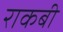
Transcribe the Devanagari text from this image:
राकबी